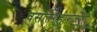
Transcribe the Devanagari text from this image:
वसतिगृहाशेजारी